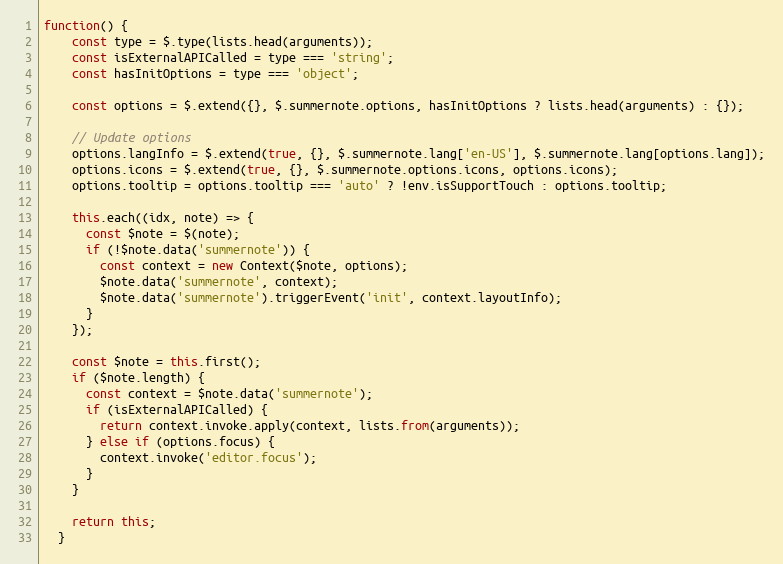
Language: JavaScript
function() {
    const type = $.type(lists.head(arguments));
    const isExternalAPICalled = type === 'string';
    const hasInitOptions = type === 'object';

    const options = $.extend({}, $.summernote.options, hasInitOptions ? lists.head(arguments) : {});

    // Update options
    options.langInfo = $.extend(true, {}, $.summernote.lang['en-US'], $.summernote.lang[options.lang]);
    options.icons = $.extend(true, {}, $.summernote.options.icons, options.icons);
    options.tooltip = options.tooltip === 'auto' ? !env.isSupportTouch : options.tooltip;

    this.each((idx, note) => {
      const $note = $(note);
      if (!$note.data('summernote')) {
        const context = new Context($note, options);
        $note.data('summernote', context);
        $note.data('summernote').triggerEvent('init', context.layoutInfo);
      }
    });

    const $note = this.first();
    if ($note.length) {
      const context = $note.data('summernote');
      if (isExternalAPICalled) {
        return context.invoke.apply(context, lists.from(arguments));
      } else if (options.focus) {
        context.invoke('editor.focus');
      }
    }

    return this;
  }